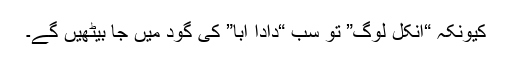
کیونکہ “انکل لوگ” تو سب “دادا ابا” کی گود میں جا بیٹھیں گے۔